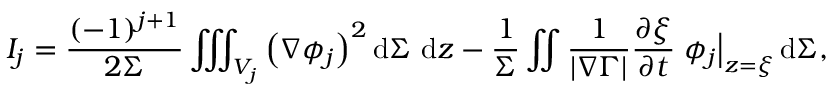
I _ { j } = \frac { ( - 1 ) ^ { j + 1 } } { 2 \Sigma } \iiint _ { V _ { j } } \left( \nabla \phi _ { j } \right) ^ { 2 } \mathrm { d } \Sigma ~ \mathrm { d } z - \frac { 1 } { \Sigma } \iint \frac { 1 } { | \nabla \Gamma | } \frac { \partial \xi } { \partial t } \left. \phi _ { j } \right| _ { z = \xi } \mathrm { d } \Sigma ,